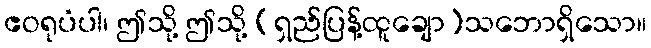
ဧဝရုပံပါ၊ ဤသို့ ဤသို့ (ရှည်ပြန့်ထူချော)သဘောရှိသော။